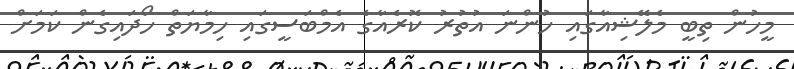
މީހުން ތިބީ މެލޭޝިއާގައި ހުންނަ އުތުރު ކޮރެއާގެ އެެމްބަސީގައި ހިމާޔަތް ހޯދައިގެން ކަމަށް